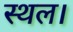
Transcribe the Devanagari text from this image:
स्‍थल।